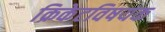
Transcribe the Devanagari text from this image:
क्रिकेटविषयक